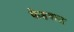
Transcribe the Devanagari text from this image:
केडवाल